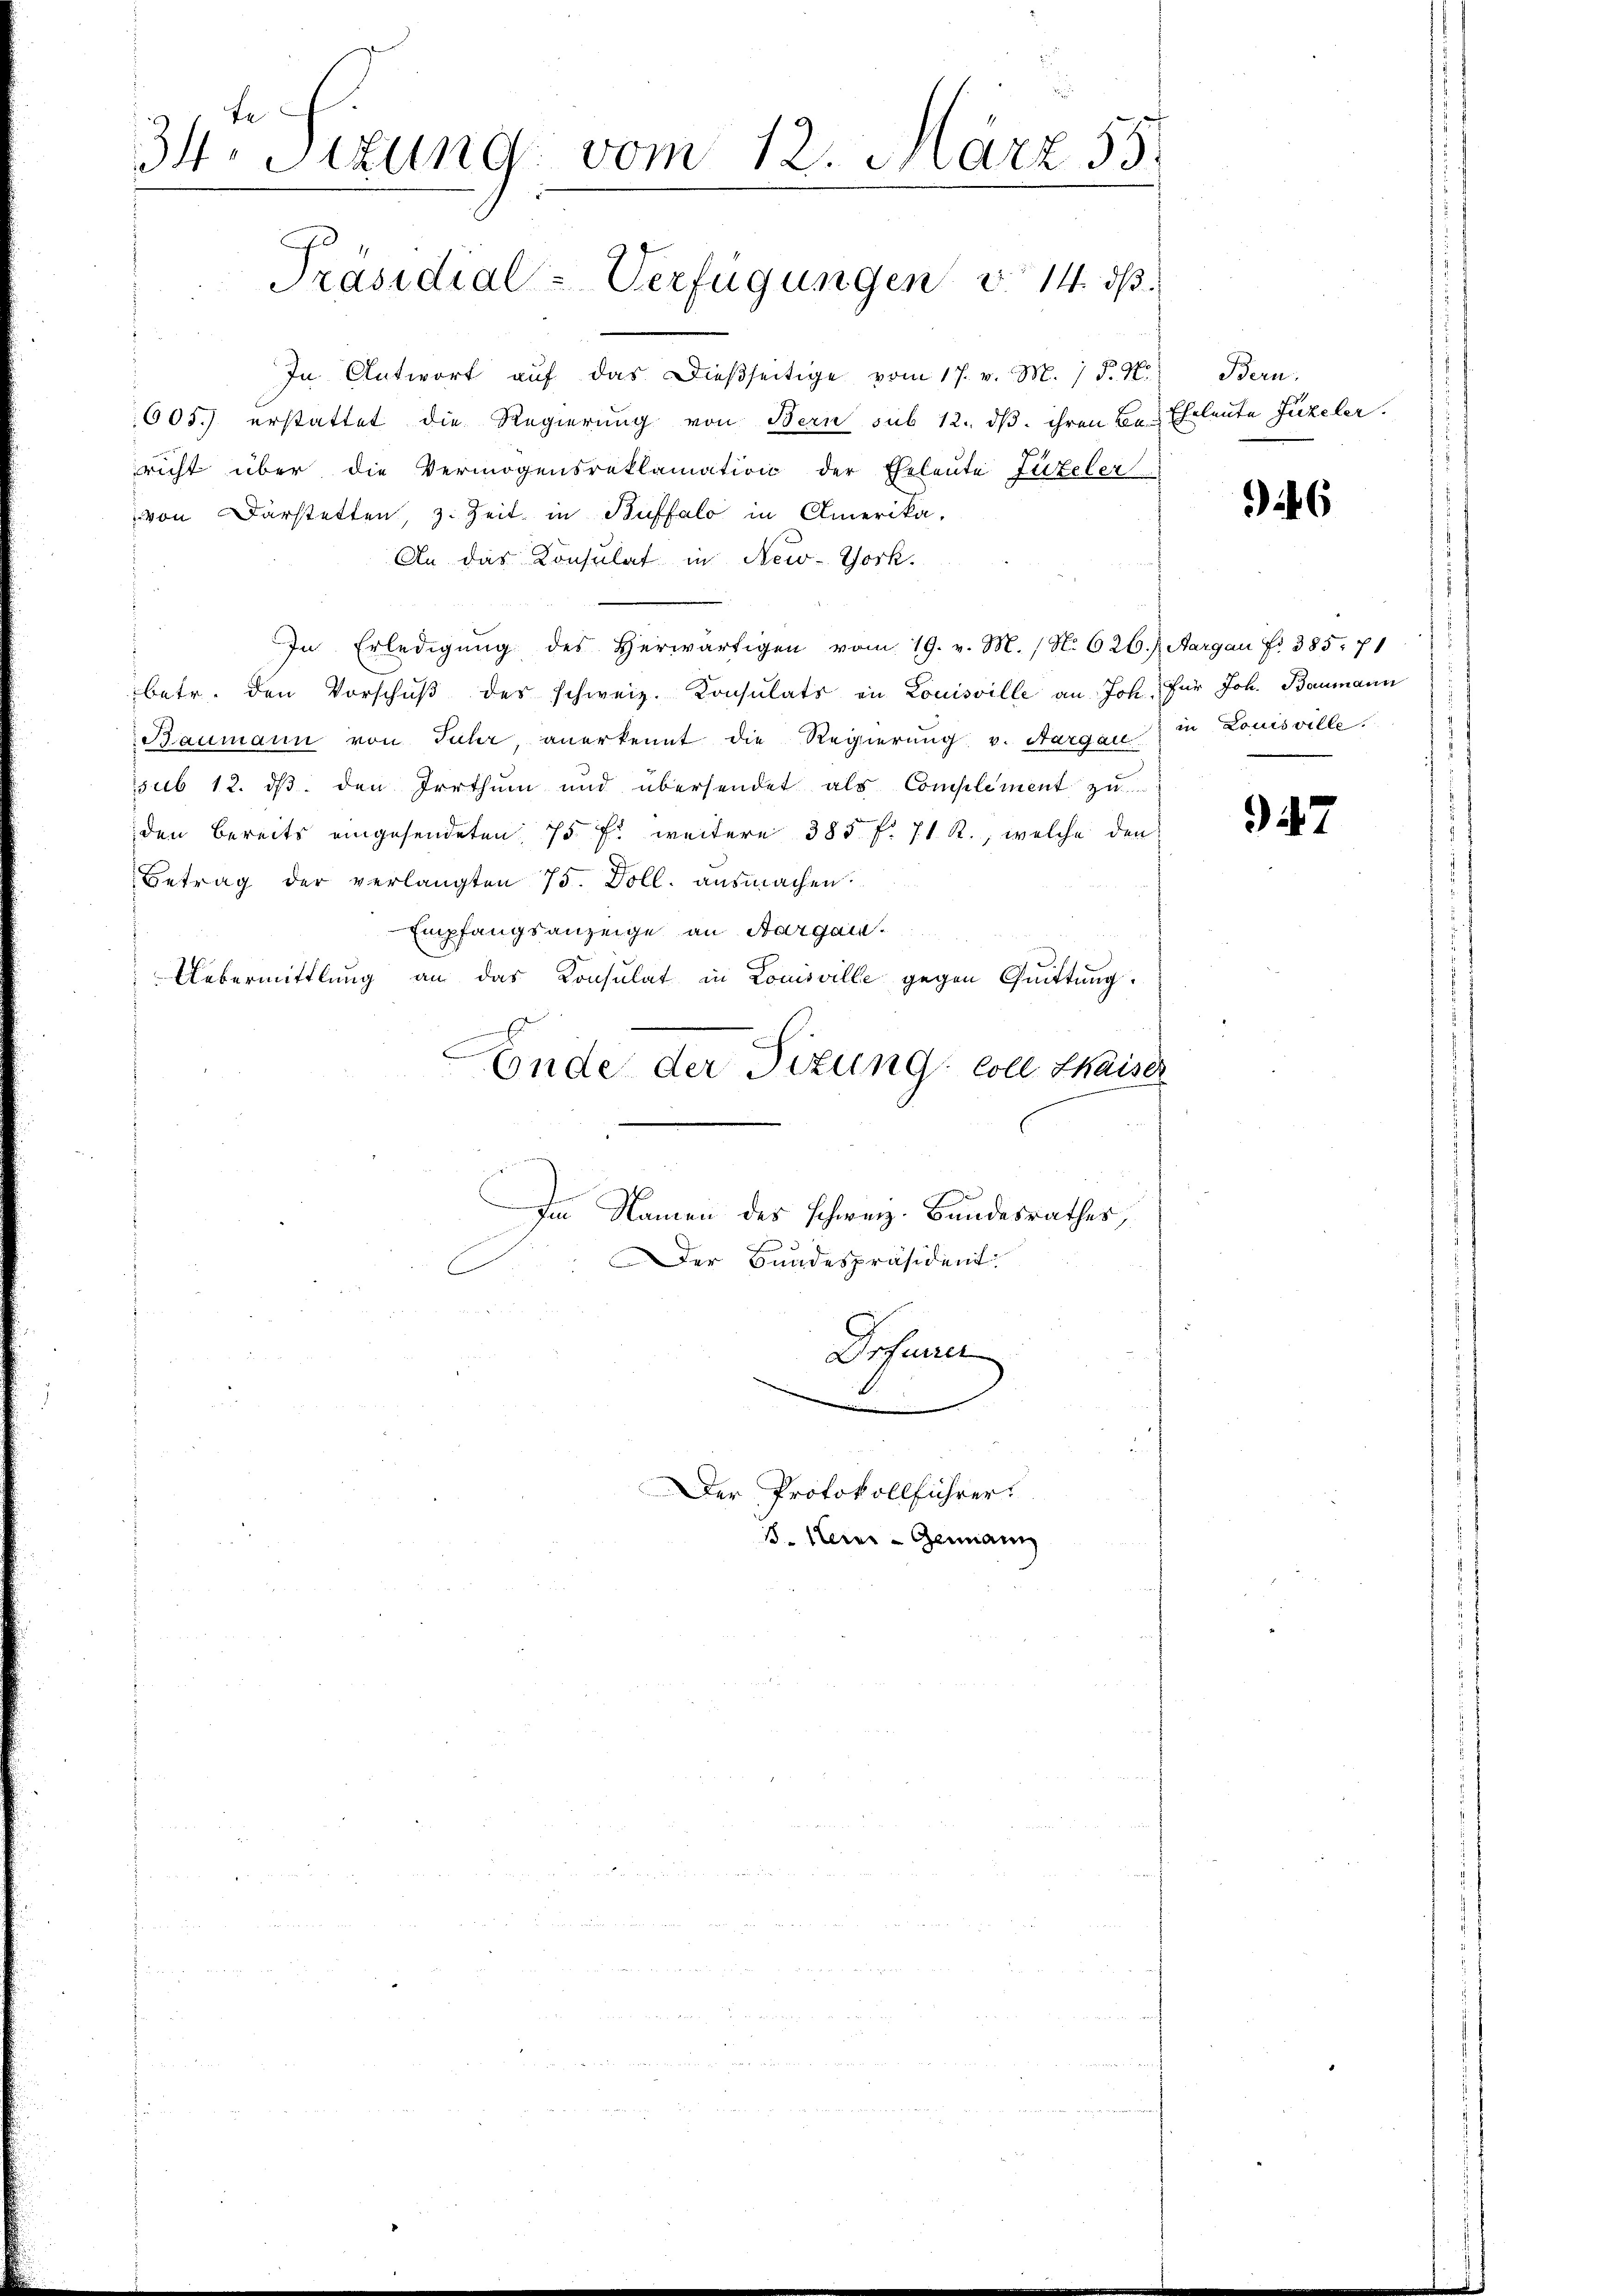
te
34. Sizung vom 12. März 55.
Präsidial-Verfügungen v. 14. ds.

In Antwort auf das dießseitige vom 17. v. M. 1 d. M.
605.) erstattet die Regierung von Bern sub 12. ds. ihren Be- Eheleute Juzeler.
richt über die Vermögensreklamation der Eheleute Luzeler
von Darstetten, z. Zeit in Buffalo in Amerika,
An das Konsulat in New-York.
In Erledigŭng des herwärtigen vom 19. v. M. (N. 626./. Aargau fr. 385. 71
betr. den Vorschŭβ des schweiz. Konsulats in Louisville an Joh. Für Joh. Baumann
Baumann von Fuhr, anerkennt die Regierung v. Aargau in Louisville.
sub 12. ds. den Irrthum und übersendet als Complement zu
den bereits eingesendeten 75 f. weitere 385 f. 71 R., welche den
Betrag der verlangten 75. Döll, ausmachen.
Empfangsanzeige an Aargau
Uebermittlung an das Consulat in Louisville gegen Quittung.
Ende der Sitzung coll thaiser

Im Namen des schweiz. Bundesrathes,
Der Bundespräsident:
Dofurrer
Der Protokollführer
S. Herr - Genann

Bern.

46

947